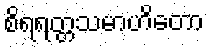
စိရရတ္တသမာဟိတော